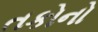
તકોનો